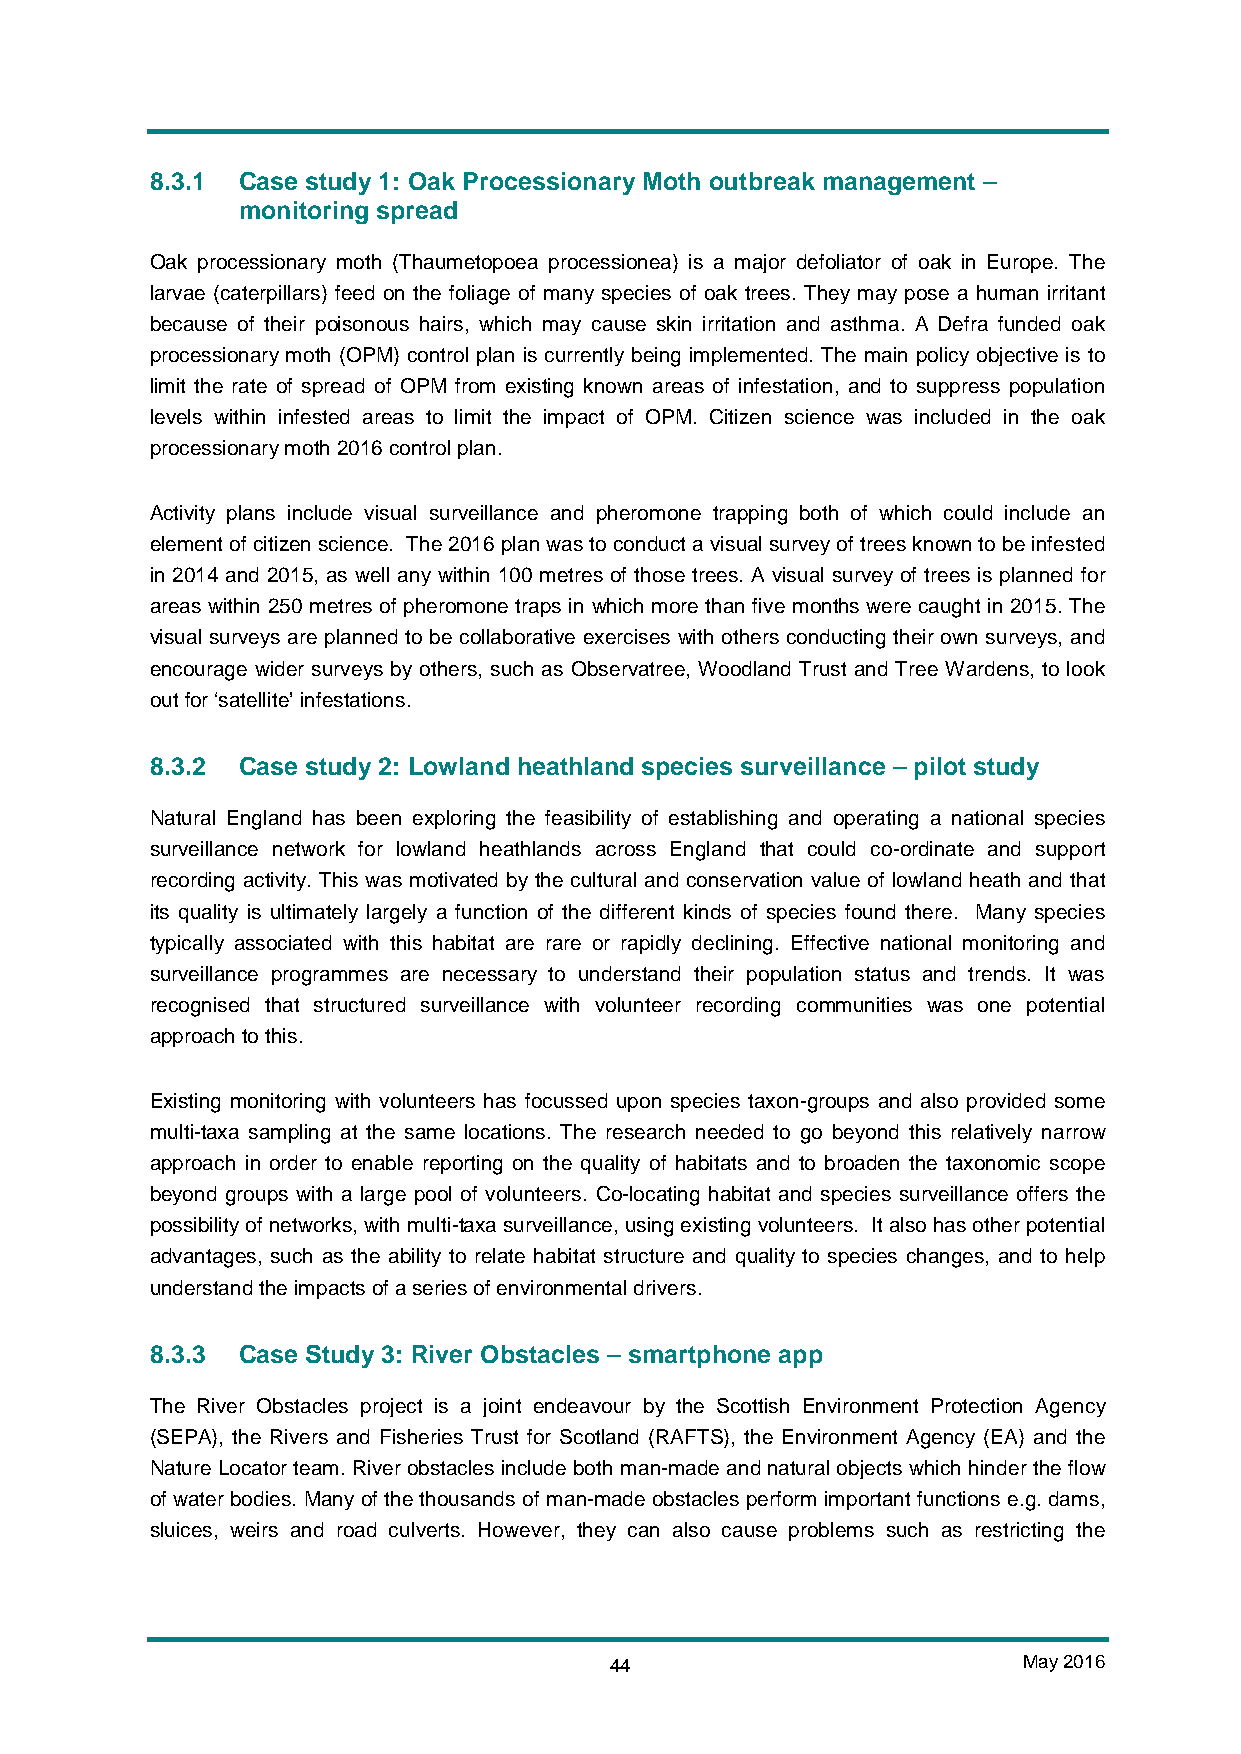
8.3.1 Case study 1: Oak Processionary Moth outbreak management –
 monitoring spread
 Oak processionary moth (Thaumetopoea processionea) is a major defoliator of oak in Europe. The
 larvae (caterpillars) feed on the foliage of many species of oak trees. They may pose a human irritant
 because of their poisonous hairs, which may cause skin irritation and asthma. A Defra funded oak
 processionary moth (OPM) control plan is currently being implemented. The main policy objective is to
 limit the rate of spread of OPM from existing known areas of infestation, and to suppress population
 levels within infested areas to limit the impact of OPM. Citizen science was included in the oak
 processionary moth 2016 control plan.
 Activity plans include visual surveillance and pheromone trapping both of which could include an
 element of citizen science. The 2016 plan was to conduct a visual survey of trees known to be infested
 in 2014 and 2015, as well any within 100 metres of those trees. A visual survey of trees is planned for
 areas within 250 metres of pheromone traps in which more than five months were caught in 2015. The
 visual surveys are planned to be collaborative exercises with others conducting their own surveys, and
 encourage wider surveys by others, such as Observatree, Woodland Trust and Tree Wardens, to look
 out for ‘satellite’ infestations.
 8.3.2 Case study 2: Lowland heathland species surveillance – pilot study
 Natural England has been exploring the feasibility of establishing and operating a national species
 surveillance network for lowland heathlands across England that could co-ordinate and support
 recording activity. This was motivated by the cultural and conservation value of lowland heath and that
 its quality is ultimately largely a function of the different kinds of species found there. Many species
 typically associated with this habitat are rare or rapidly declining. Effective national monitoring and
 surveillance programmes are necessary to understand their population status and trends. It was
 recognised that structured surveillance with volunteer recording communities was one potential
 approach to this.
 Existing monitoring with volunteers has focussed upon species taxon-groups and also provided some
 multi-taxa sampling at the same locations. The research needed to go beyond this relatively narrow
 approach in order to enable reporting on the quality of habitats and to broaden the taxonomic scope
 beyond groups with a large pool of volunteers. Co-locating habitat and species surveillance offers the
 possibility of networks, with multi-taxa surveillance, using existing volunteers. It also has other potential
 advantages, such as the ability to relate habitat structure and quality to species changes, and to help
 understand the impacts of a series of environmental drivers.
 8.3.3 Case Study 3: River Obstacles – smartphone app
 The River Obstacles project is a joint endeavour by the Scottish Environment Protection Agency
 (SEPA), the Rivers and Fisheries Trust for Scotland (RAFTS), the Environment Agency (EA) and the
 Nature Locator team. River obstacles include both man-made and natural objects which hinder the flow
 of water bodies. Many of the thousands of man-made obstacles perform important functions e.g. dams,
 sluices, weirs and road culverts. However, they can also cause problems such as restricting the
 44                          May 2016